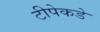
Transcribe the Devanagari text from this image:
टीपेकडे